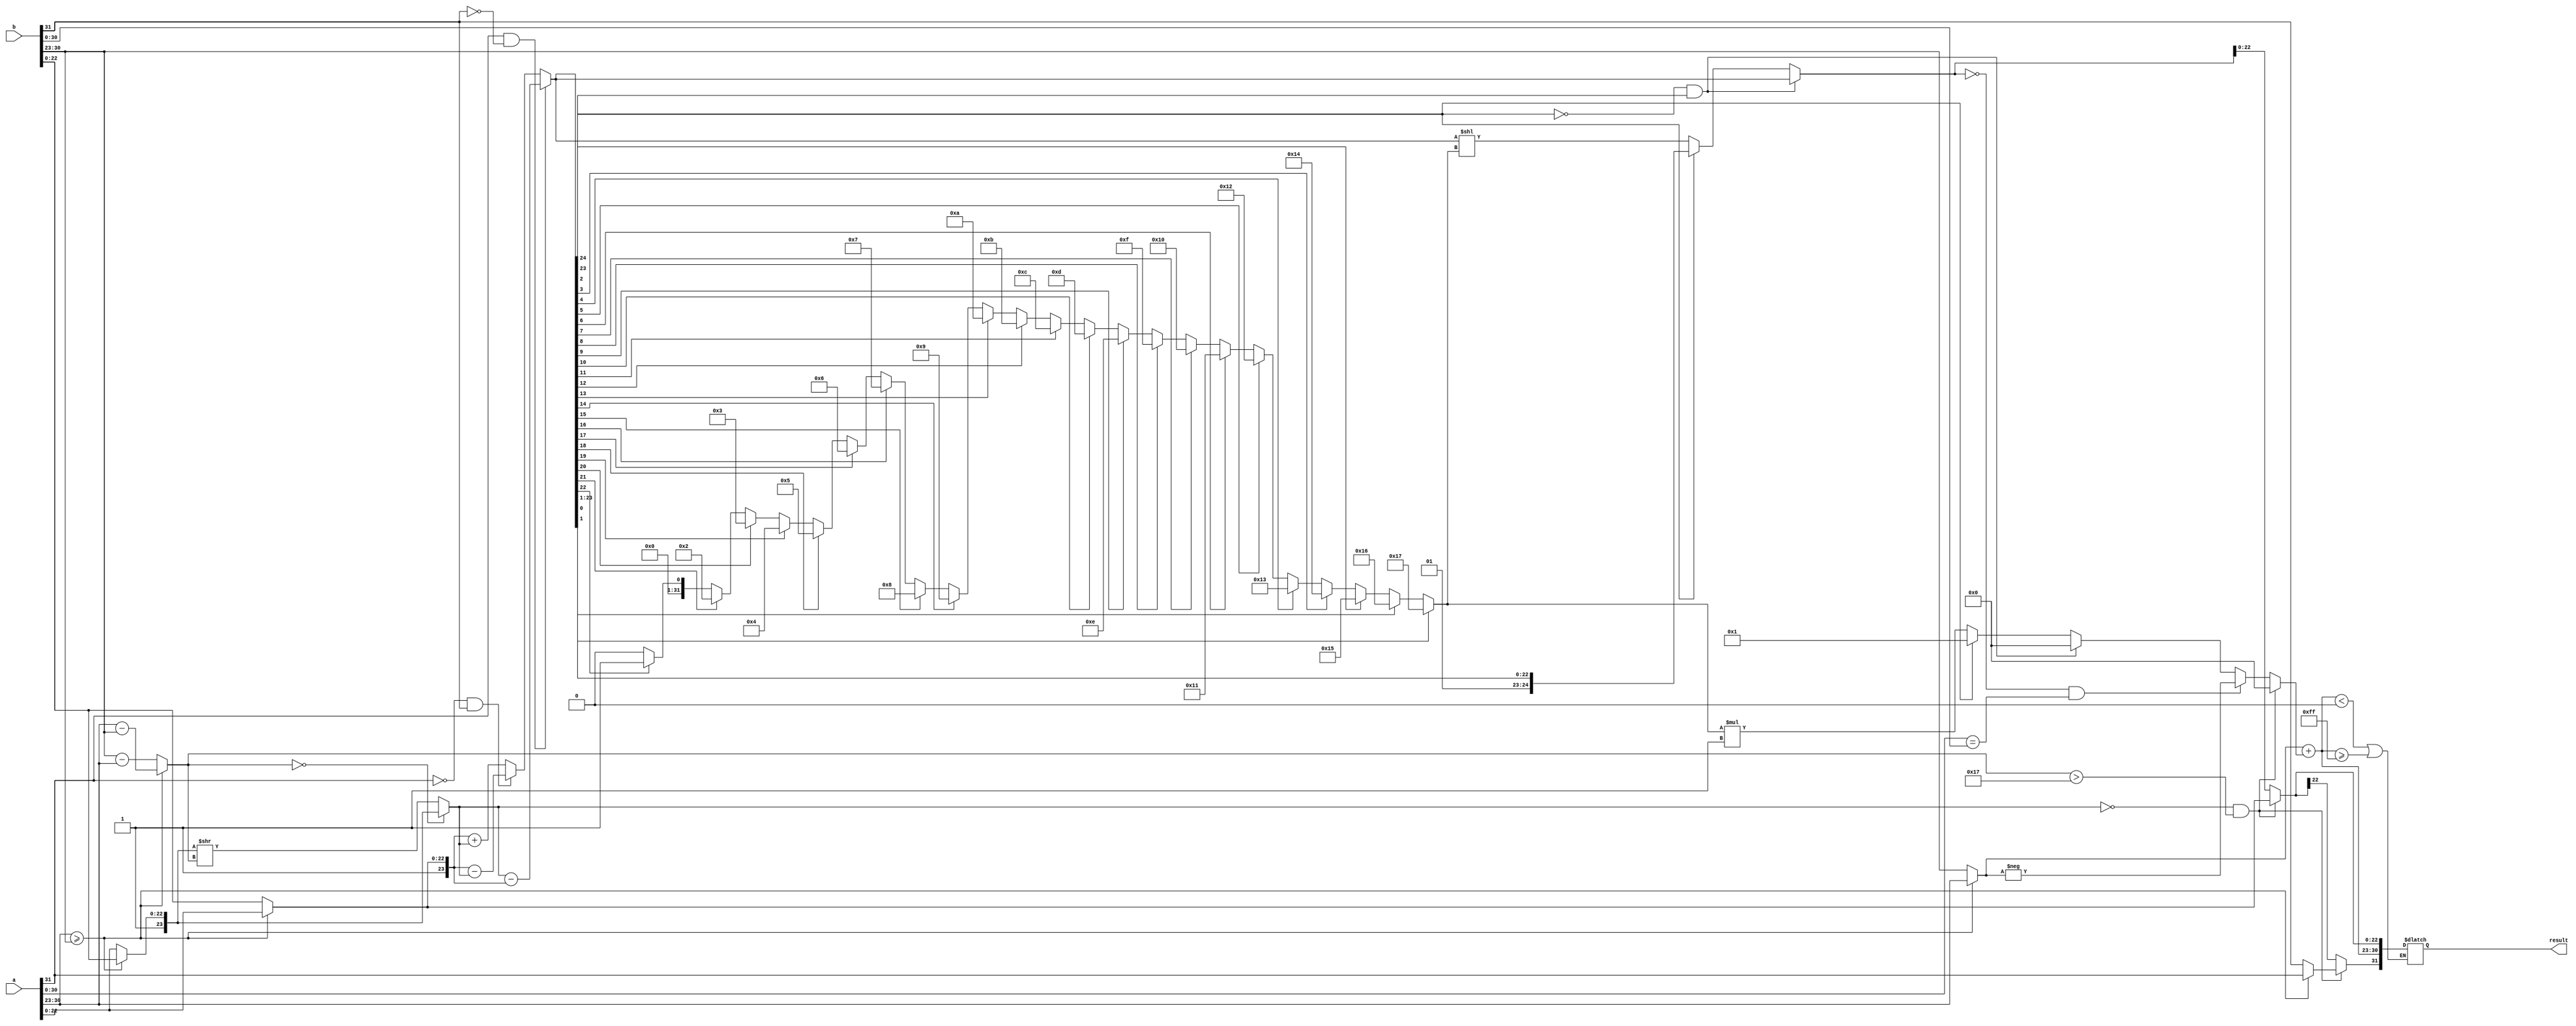

module fp_adder(a, b, result);

input[31:0] a;
input[31:0] b;
output reg[31:0] result;

reg[7:0] exp_a, exp_b, delta_exp;
reg[23:0] frac_a, frac_b;

reg[7:0] big_exp, final_exp;
reg[23:0] small_frac;
reg[23:0] big_frac;
reg select_exp_frac;
reg[23:0] shifted_small_frac;
reg[24:0] added_fraction;
integer normalize_shift_count,i;

always@(*)
begin
	exp_a = a[30:23];
	exp_b = b[30:23];
	frac_a = a[22:0];
	frac_b = b[22:0];
	frac_a[23] = 1'b1;
	frac_b[23] = 1'b1;
	
	if(exp_a >= exp_b)
	begin	
		delta_exp = exp_a - exp_b;
		select_exp_frac = 0;
	end
	else
	begin
		delta_exp = exp_b - exp_a;
		select_exp_frac = 1;
	end
	
	big_exp = (select_exp_frac)? exp_b : exp_a;
	small_frac = (select_exp_frac)? frac_a : frac_b;
	big_frac = (select_exp_frac)? frac_b : frac_a;
	
	if(delta_exp == 0)
		shifted_small_frac = small_frac;
	else
		shifted_small_frac = small_frac >> delta_exp;
	
	if(a[31] && b[31] == 0)
		added_fraction = shifted_small_frac - big_frac;
	else if(a[31] == 0 && b[31])
		added_fraction = big_frac - shifted_small_frac;
	else
		added_fraction = big_frac + shifted_small_frac;
	
	normalize_shift_count = 0;
	
	if(added_fraction[24] == 0 && added_fraction[23])
	begin
		normalize_shift_count = 0;	
	end
	else if(added_fraction[24])
	begin
		normalize_shift_count = 1;
		added_fraction = added_fraction >> normalize_shift_count;
	end
	else
	begin
		for (i = 22; i >= 0; i = i - 1) begin
            if (added_fraction[i] == 1) begin
                normalize_shift_count = 22 - i + 1;
                i = -1;
            end
        end
		
		added_fraction = added_fraction << normalize_shift_count;
		normalize_shift_count = normalize_shift_count * -1;
	end
	
	// Same numbers (+,-) or (-,+)
	if(added_fraction == 0 && (a[30:0] == b[30:0]))
		normalize_shift_count = -big_exp;
		
	if(shifted_small_frac == 24'd0 && delta_exp > 23)
	begin
		added_fraction = big_frac;
		normalize_shift_count = 0;
	end
	
	final_exp = big_exp + normalize_shift_count;
	
	if (final_exp < 0 || final_exp >= 255)
        $display("Exception");
	else
	begin
		if(shifted_small_frac == 24'd0 && delta_exp > 23)
		begin
			result[31] = select_exp_frac? b[31] : a[31];
		end
		else
			result[31] = added_fraction[22];
			
		result[30:23] = final_exp[7:0];
		result[22:0] = added_fraction;
	end
end

endmodule